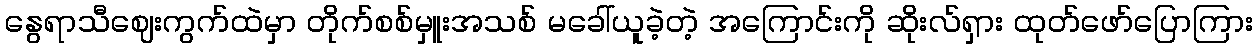
နွေရာသီဈေးကွက်ထဲမှာ တိုက်စစ်မှူးအသစ် မခေါ်ယူခဲ့တဲ့ အကြောင်းကို ဆိုးလ်ရှား ထုတ်ဖော်ပြောကြား